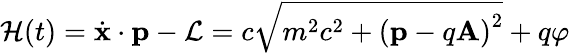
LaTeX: {\mathcal{H}}(t)={\dot{\mathbf{x}}}\cdot\mathbf{p}-{\mathcal{L}}=c{\sqrt{m^{2}c^{2}+{\left(\mathbf{p}-q\mathbf{A}\right)}^{2}}}+q\varphi